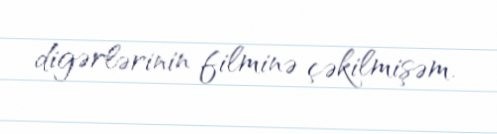
digərlərinin filminə çəkilmişəm.